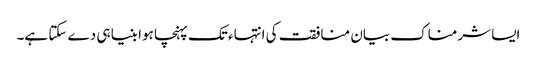
ایسا شرمناک بیان منافقت کی انتہاء تک پہنچا ہوا بنیا ہی دے سکتا ہے۔